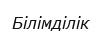
Білімділік